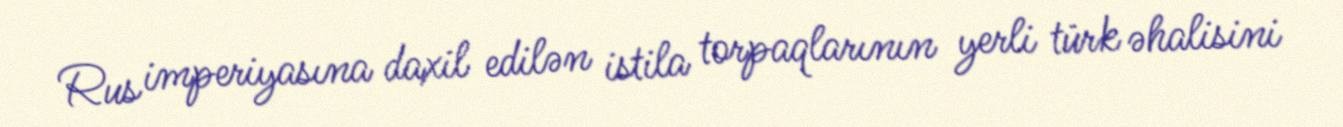
Rus imperiyasına daxil edilən istila torpaqlarının yerli türk əhalisini